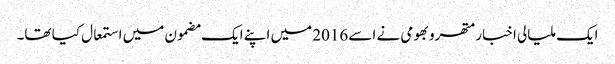
ایک ملیالی اخبار متھرو بھومی نے اسے 2016 میں اپنے ایک مضمون میں استمعال کیا تھا۔